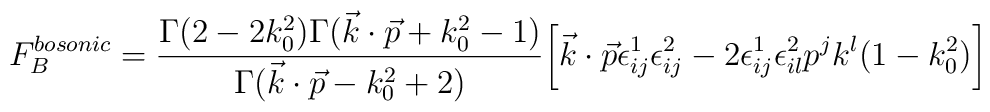
F_B^{bosonic} = {\Gamma(2-2k_0^2)\Gamma (\vec k\cdot \vec p +k_0^2-1)\over \Gamma (\vec k\cdot \vec p-k_0^2+2)}\bigg [ \vec k\cdot \vec p \epsilon^1_{ij}\epsilon^2_{ij}- 2 \epsilon^1_{ij}\epsilon^2_{il} p^j k^l (1- k_0^2)\bigg ]